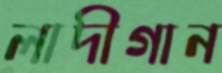
লাদীগান